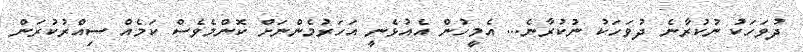
ދުވަހަކު ނުކުރާނެ ދުވަހަކު ނުކުރާނެ... އެމީހުން އެއުޅެނީ އަހަރުމެންނަށް ކޮންމެވެސް ކަމެއް ސިއްރުކުރަން